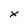
Character: x